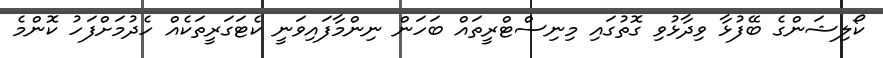
ކޯލިޝަންގެ ބޭފުޅާ ވިދާޅުވި ގޮތުގައި މިނިސްޓްރީތައް ބަހަން ނިންމާފައިވަނީ ކެޓަގަރީތަކެއް ހެދުމަށްފަހު ކޮންމެ